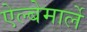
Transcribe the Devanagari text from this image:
ऐल्बेमार्ले